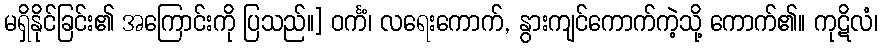
မရှိနိုင်ခြင်း၏ အကြောင်းကို ပြသည်။] ဝင်္ကံ၊ လရေးကောက်, နွားကျင်ကောက်ကဲ့သို့ ကောက်၏။ ကုဋိလံ၊